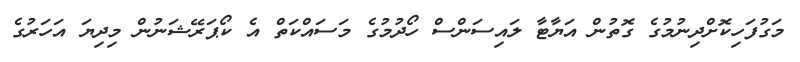
މަގުފަހިކޮށްދިނުމުގެ ގޮތުން އަޔާޓާ ލައިސަންސް ހޯދުމުގެ މަސައްކަތް އެ ކޯޕަރޭޝަނުން މިދިޔަ އަހަރުގެ